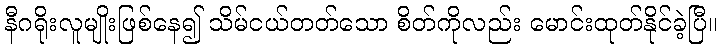
နီဂရိုးလူမျိုးဖြစ်နေ၍ သိမ်ငယ်တတ်သော စိတ်ကိုလည်း မောင်းထုတ်နိုင်ခဲ့ပြီ။